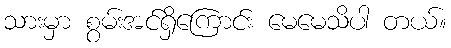
သားမှာ စွမ်းအင်ရှိကြောင်း မေမေသိပါ တယ်။